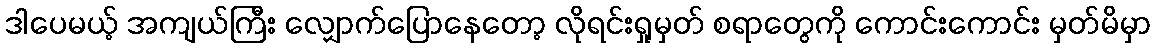
ဒါပေမယ့် အကျယ်ကြီး လျှောက်ပြောနေတော့ လိုရင်းရှုမှတ် စရာတွေကို ကောင်းကောင်း မှတ်မိမှာ